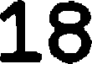
18